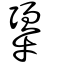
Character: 勥